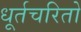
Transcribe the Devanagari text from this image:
धूर्तचरितो